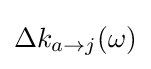
\Delta k_{a\to j}(\omega )